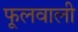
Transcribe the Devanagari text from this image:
फूलवाली